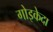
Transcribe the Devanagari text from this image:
गोइकेदा